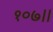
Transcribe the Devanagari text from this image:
१०७।।